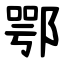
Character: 鄂